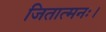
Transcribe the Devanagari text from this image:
जितात्मनः।